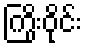
ကြိုးဝိုင်း